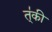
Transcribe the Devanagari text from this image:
त्॑की